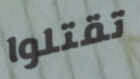
تقتلوا